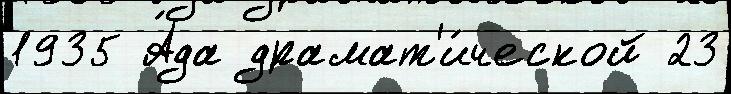
1935 А́да драмат'и́ческой 23